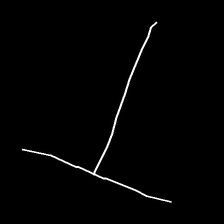
Glyph: column